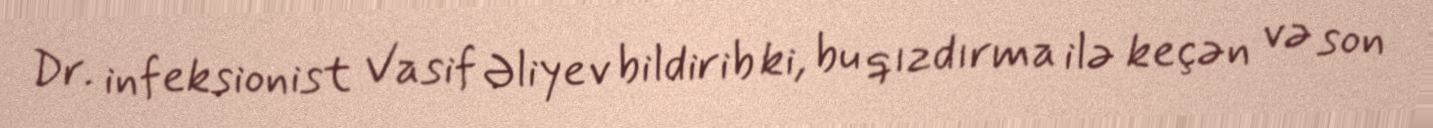
Dr. infeksionist Vasif Əliyev bildirib ki, bu qızdırma ilə keçən və son